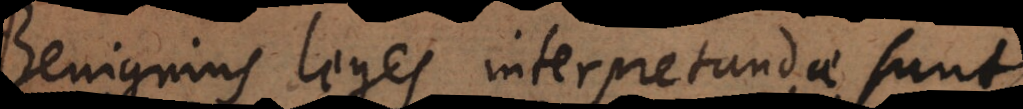
enignius leges interpretandae sunt,